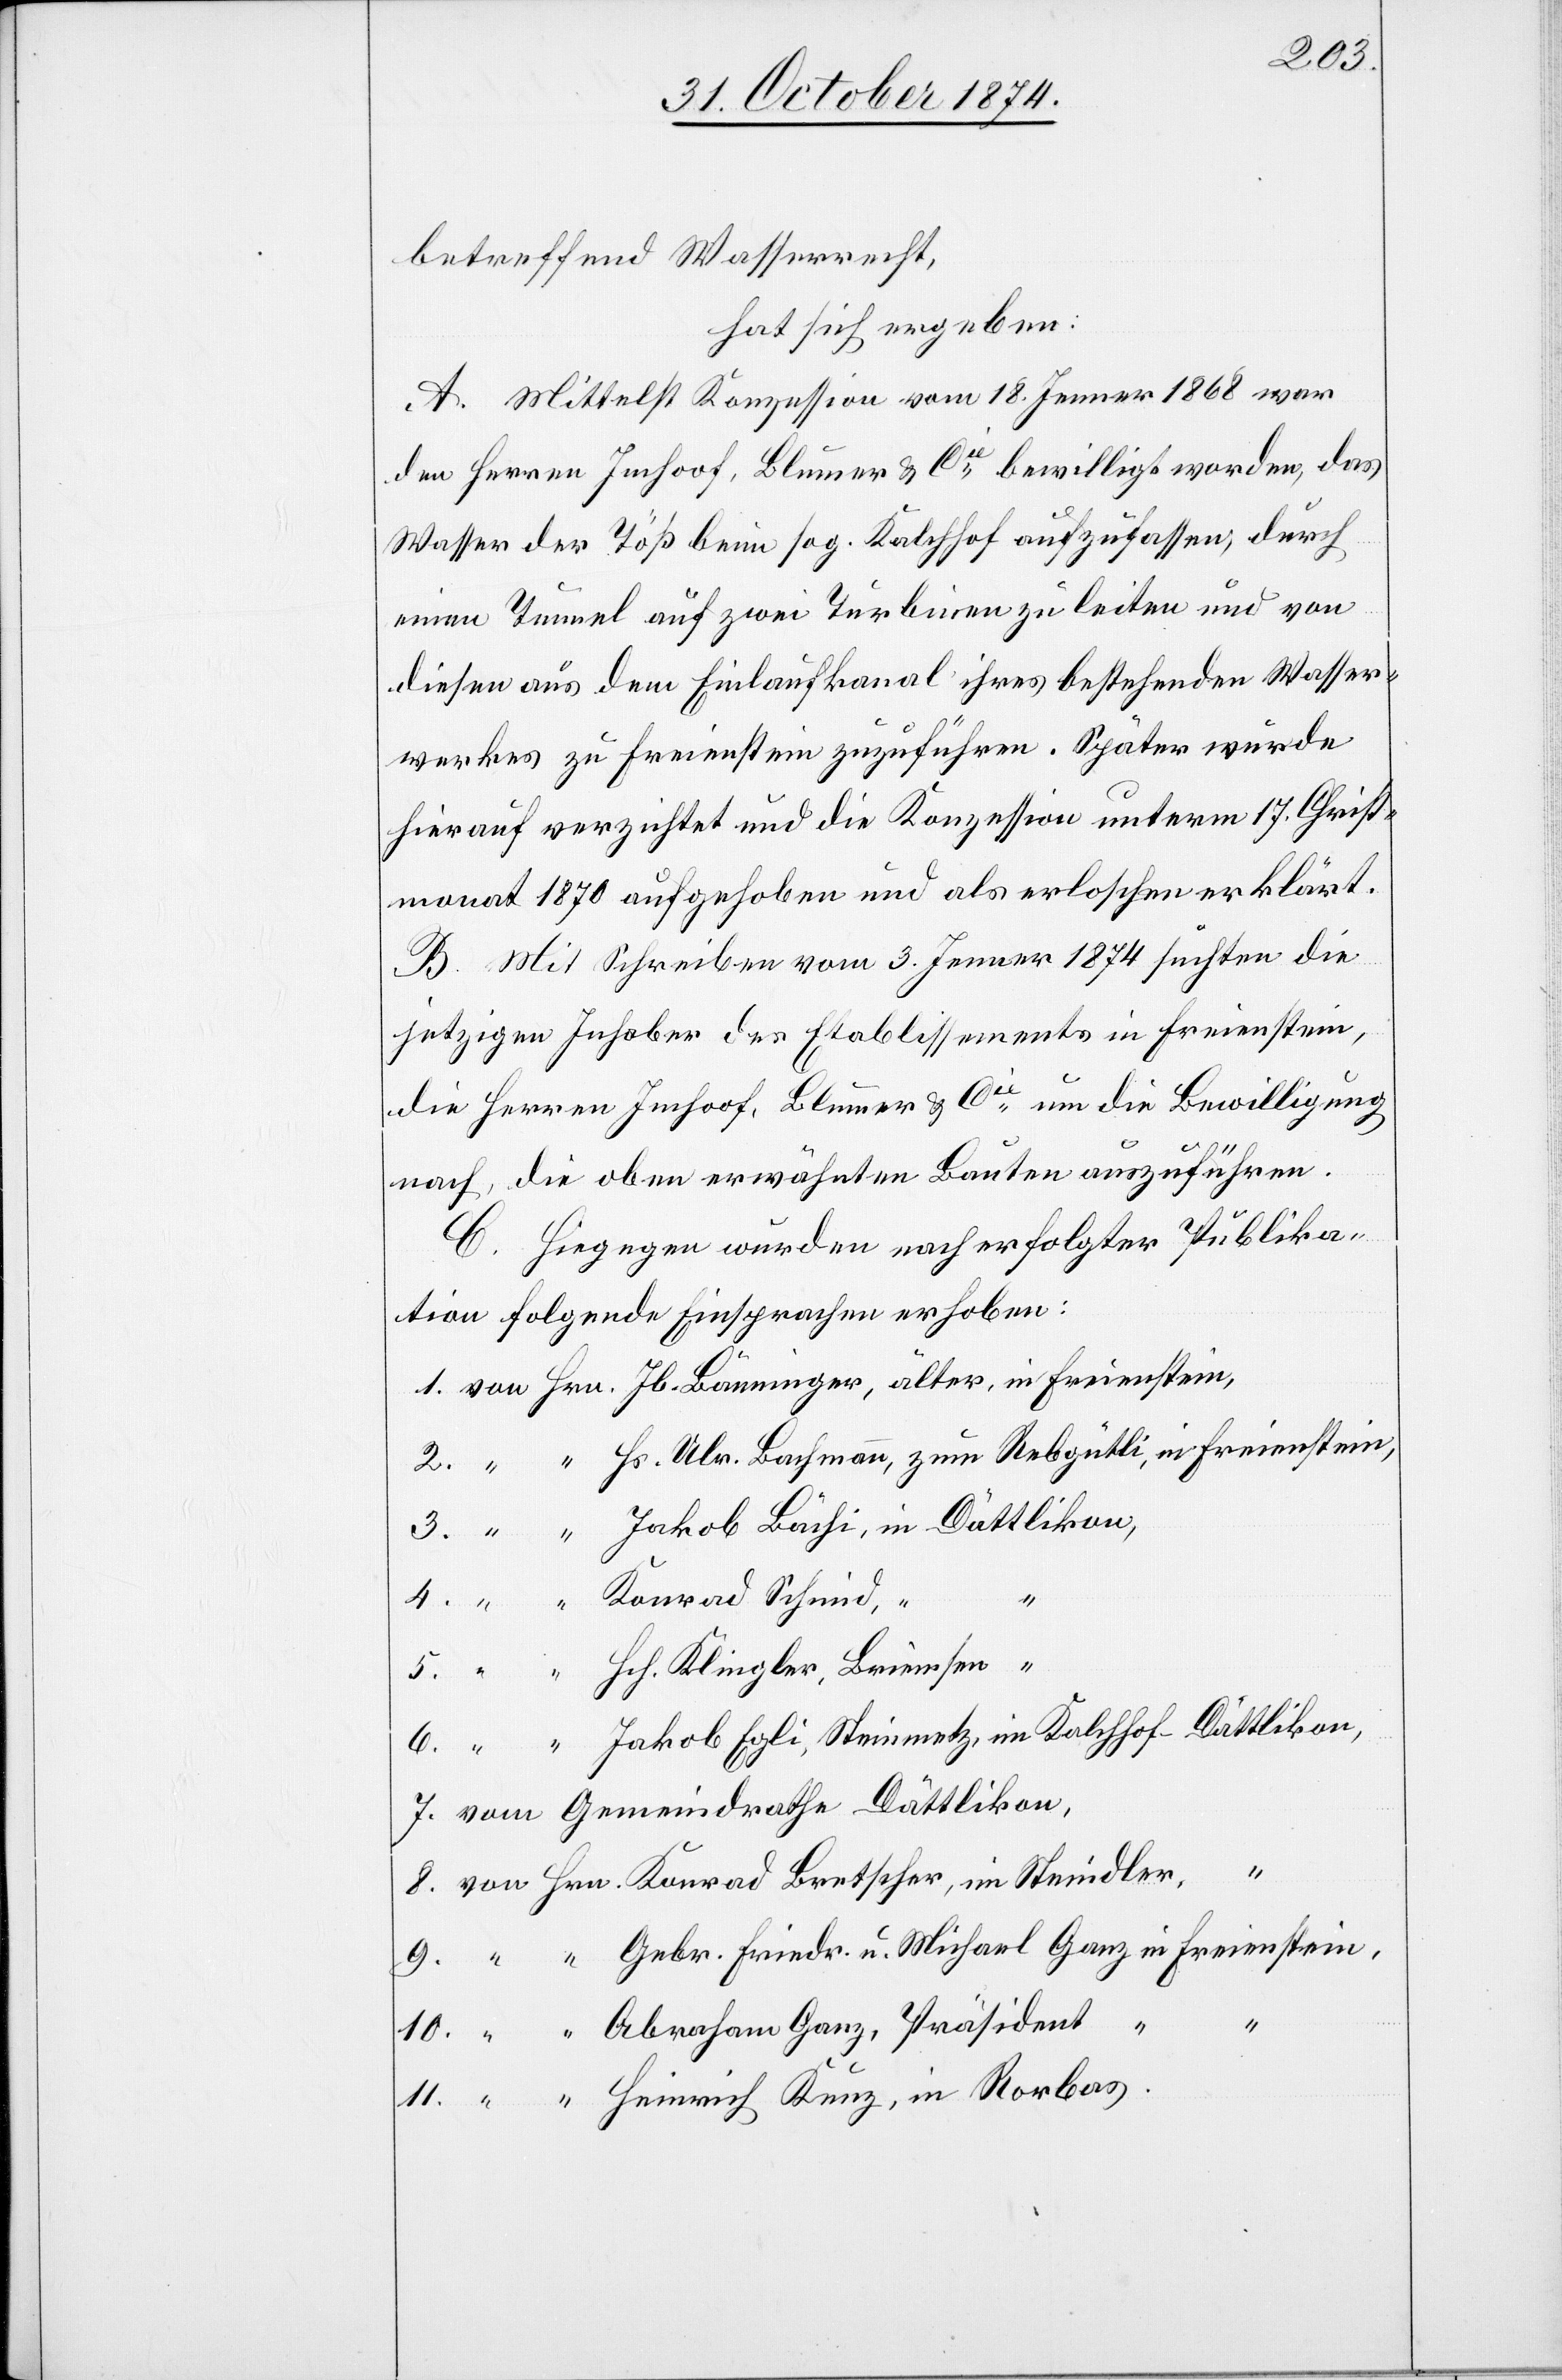
Friedr.
betreffend Wasserrecht,
hat sich ergeben:
A. Mittelst Konzession vom 18. Jenner 1868 war
den Herren Imhoof, Blumer & Cie bewilligt worden, das
Wasser der Töß beim sog. Kalchhof aufzufassen, durch
einen Tunnel auf zwei Turbinen zu leiten und von
diesen aus dem Einlaufkanal ihres bestehenden Wasser¬
werkes zu Freienstein zuzuführen. Später wurde
hierauf verzichtet und die Konzession unterm 17. Christ¬
monat 1870 aufgehoben und als erloschen erklärt.
B. Mit Schreiben vom 3. Jenner 1874 suchten die
jetzigen Inhaber des Etablissements in Freienstein,
die Herren Imhoof, Blumer & Cie um die Bewilligung
nach, die oben erwähnten Bauten auszuführen.
C. Hiegegen wurden nach erfolgter Publika¬
tion folgende Einsprachen erhoben:
11.
bas.